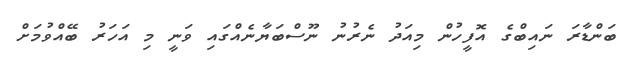
ބަންޑާރަ ނައިބްގެ އޮފީހުން މިއަދު ނެރުނު ނޫސްބަޔާނެއްގައި ވަނީ މި އަހަރު ބޭއްވުމަށް